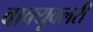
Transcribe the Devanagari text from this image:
वाक्यूबलरी